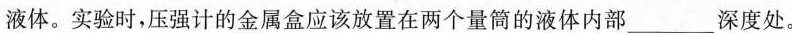
液体。实验时，压强计的金属盒应该放置在两个量筒的液体内部____深度处。